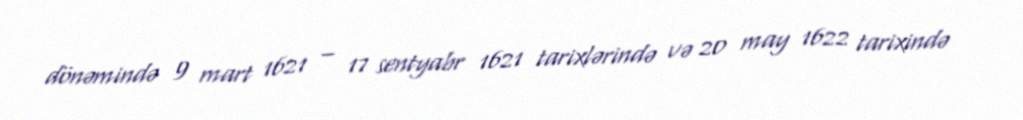
dönəmində 9 mart 1621 – 17 sentyabr 1621 tarixlərində və 20 may 1622 tarixində